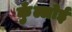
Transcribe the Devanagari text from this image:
कुँल्लोई